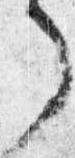
了